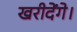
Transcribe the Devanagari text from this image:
खरीदेंगे।